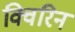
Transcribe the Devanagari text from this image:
क्विरिन